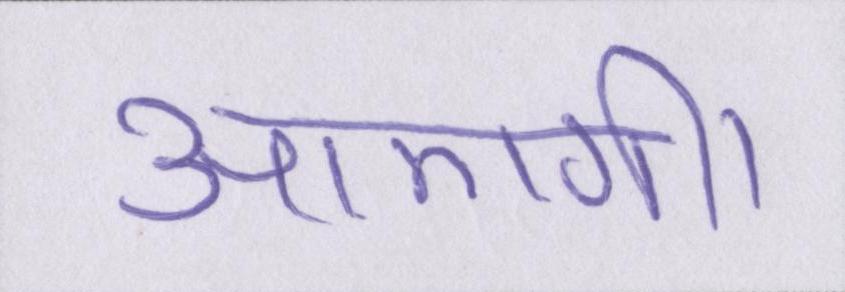
आएगी।